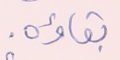
بقاؤه.